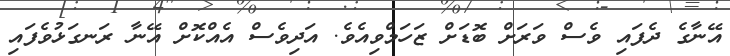
އޭނާގެ ދެފައި ވެސް ވަރަށް ބޮޑަށް ޒަހަމްވިއެވެ. އަދިވެސް އެއްކޮށް އޭނާ ރަނގަޅުވެފައި